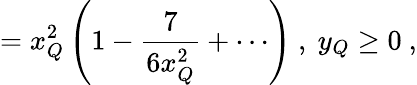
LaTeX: =x_{Q}^{2}\left(1-\frac{7}{6x_{Q}^{2}}+\cdots\right)~,~y_{Q}\geq 0~,